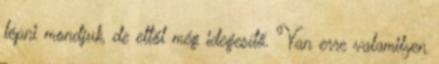
lépni mondjuk, de ettől még idegesítő. Van erre valamilyen